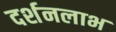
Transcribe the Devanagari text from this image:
दर्शनलाभ